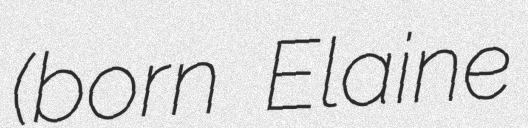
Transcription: (born Elaine